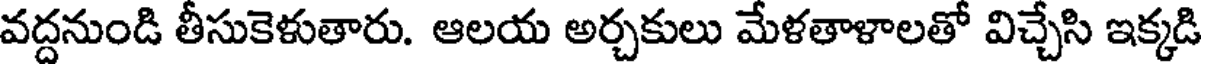
వద్దనుండి తీసుకెళుతారు. ఆలయ అర్చకులు మేళతాళాలతో విచ్చేసి ఇక్కడి